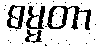
ဓမ္မတာ